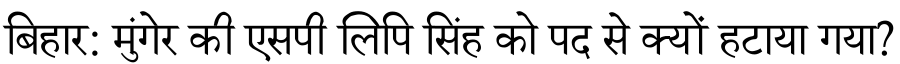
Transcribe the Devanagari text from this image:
बिहार: मुंगेर की एसपी लिपि सिंह को पद से क्यों हटाया गया?